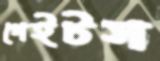
গেইটস